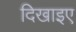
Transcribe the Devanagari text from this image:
दिखाइए